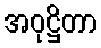
အဝုဋ္ဌိတာ